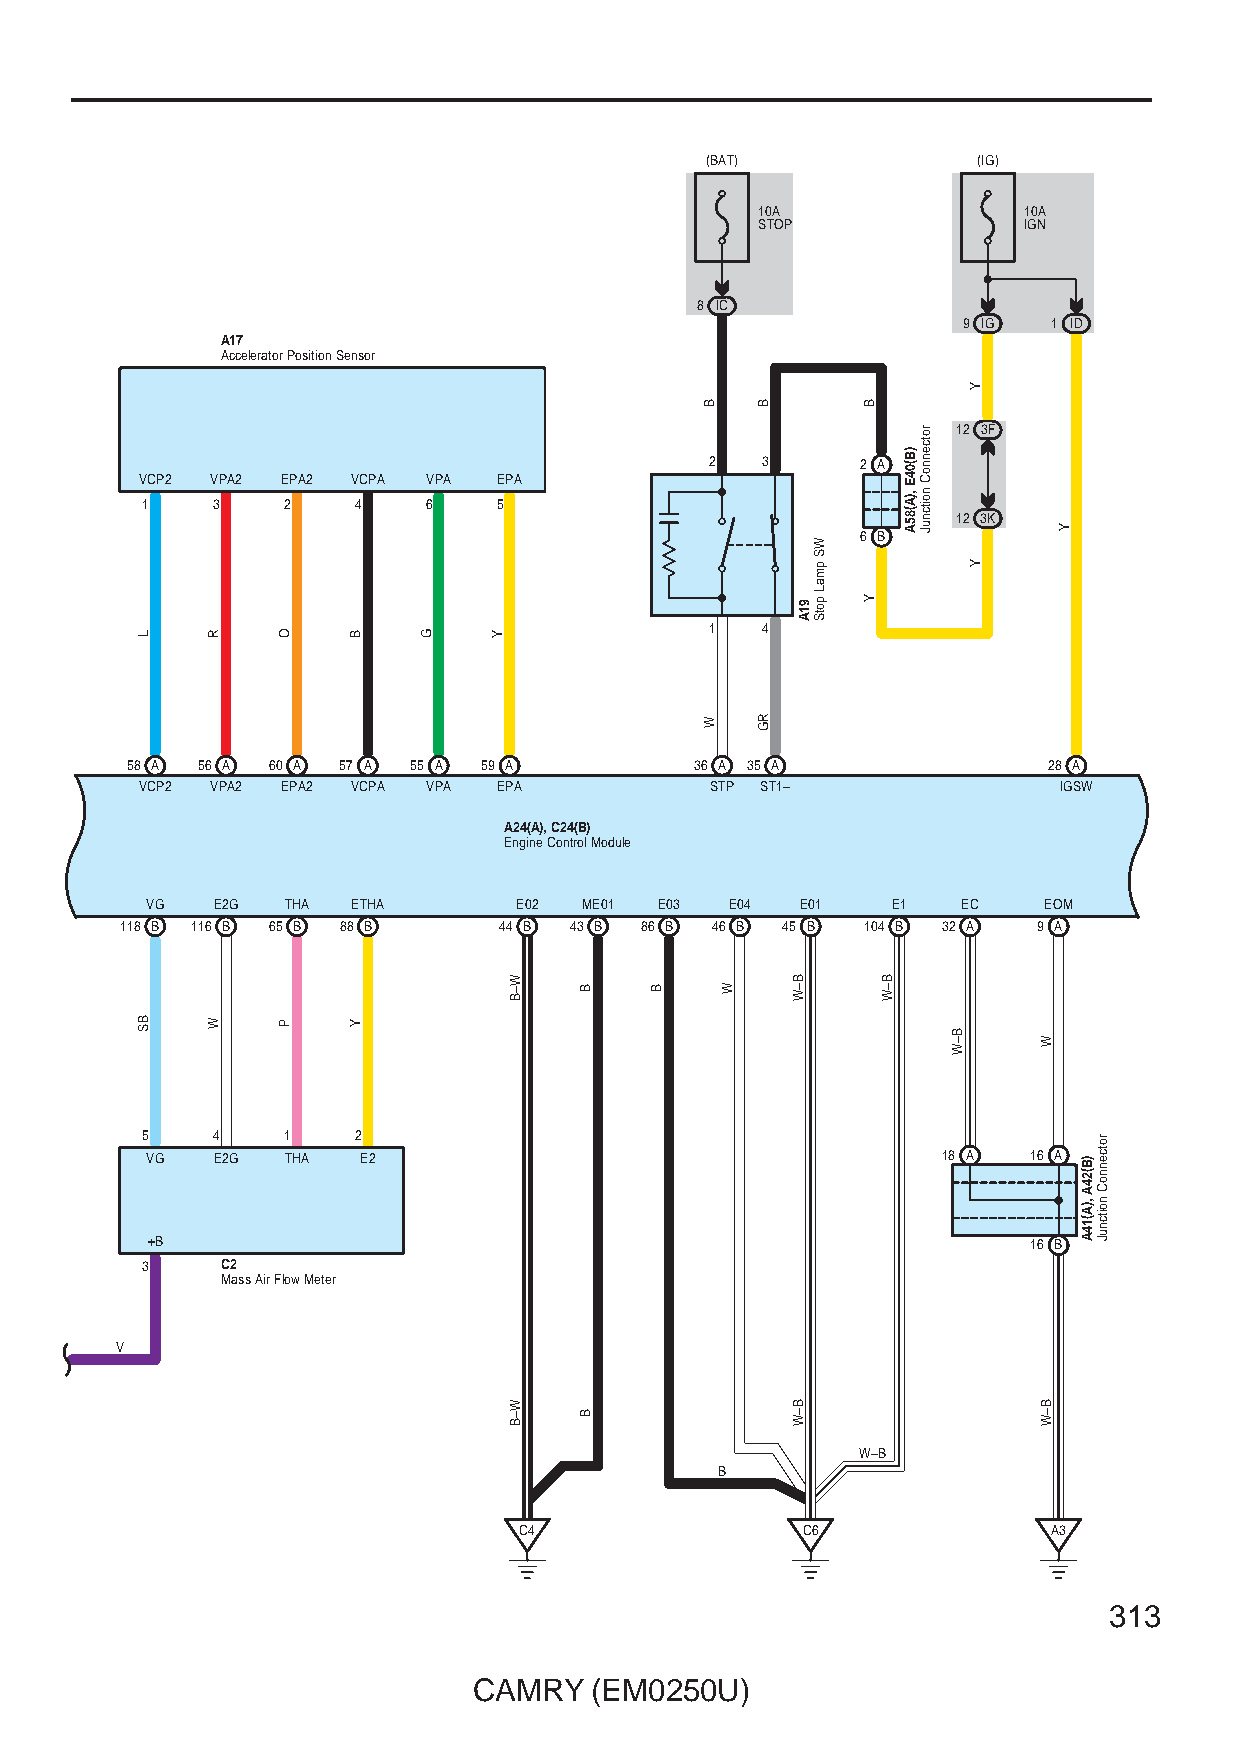
(BAT)             (IG)
 10A               10A
 STOP              IGN
 8 IC
 9 IG  1 ID
 A17
 Accelerator Position Sensor
 12 3F
 2  3      2 A
 VCP2 VPA2 EPA2 VCPA VPA EPA
 1    3    2   4    6    5
 12 3K
 6 B
 1  4
 58 A 56 A 60 A 57 A 55 A 59 A         36 A 35 A              28 A
 VCP2 VPA2 EPA2 VCPA VPA EPA           STP ST1–               IGSW
 A24(A), C24(B)
 Engine Control Module
 VG  E2G  THA ETHA       E02  ME01 E03 E04  E01   E1   EC   EOM
 118 B 116 B 65 B 88 B    44 B 43 B 86 B 46 B 45 B 104 B 32 A 9 A
 5    4    1   2
 VG  E2G  THA  E2                                    18 A  16 A
 +B                                                        16 B
 3     C2
 Mass Air Flow Meter
 V
 W–B
 B
 C4                 C6               A3
 313
 CAMRY   (EM0250U)
 L
 BS
 R
 W
 O
 P
 B
 Y
 G   Y
 W–B
 W–B
 B
 B
 B
 B
 W
 W
 B
 RG
 91A
 B–W
 B–W
 WS
 pmaL
 potS
 B
 Y
 B–W
 )B(04E
 ,)A(85A
 rotcennoC
 noitcnuJ
 B–W
 Y
 Y
 W
 B–W
 Y
 )B(24A
 ,)A(14A
 rotcennoC
 noitcnuJ